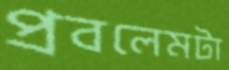
প্রবলেমটা